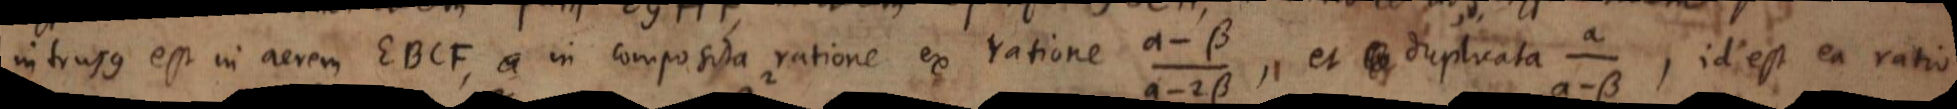
intrusus est in aerem EBCF, in composita ratione ex ratione _, et duplicata _, id est ea ratio